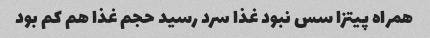
همراه پیتزا سس نبود غذا سرد رسید حجم غذا هم کم بود